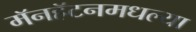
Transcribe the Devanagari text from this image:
मॅनहॅटनमधल्या